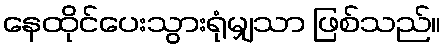
နေထိုင်ပေးသွားရုံမျှသာ ဖြစ်သည်။